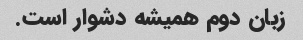
زبان دوم همیشه دشوار است.